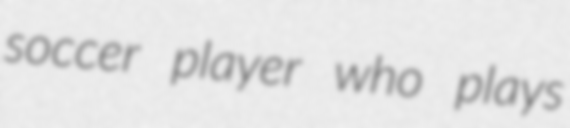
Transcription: soccer player who plays